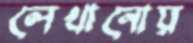
লেখানোয়